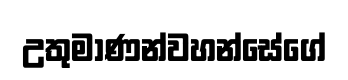
උතුමාණන්වහන්සේගේ